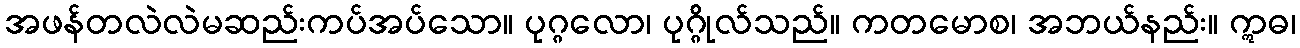
အဖန်တလဲလဲမဆည်းကပ်အပ်သော။ ပုဂ္ဂလော၊ ပုဂ္ဂိုလ်သည်။ ကတမောစ၊ အဘယ်နည်း။ ဣဓ၊